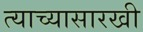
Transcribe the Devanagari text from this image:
त्याच्यासारखी